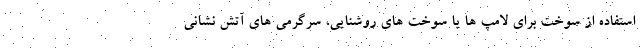
استفاده از سوخت برای لامپ ها یا سوخت های روشنایی، سرگرمی های آتش نشانی